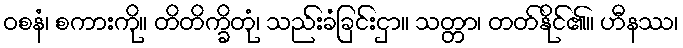
ဝစနံ၊ စကားကို။ တိတိက္ခိတုံ၊ သည်းခံခြင်းငှာ။ သတ္တာ၊ တတ်နိုင်၏။ ဟီနဿ၊